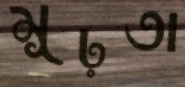
মূঢ়তা